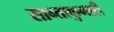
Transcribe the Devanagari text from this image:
सान्ताकुमारी